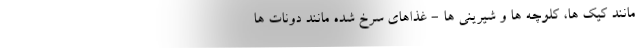
مانند کیک ها، کلوچه ها و شیرینی ها - غذاهای سرخ شده مانند دونات ها